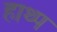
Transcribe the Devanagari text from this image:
हाथ्प